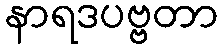
နာရဒပဗ္ဗတာ